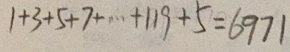
1 + 3 + 5 + 7 + \cdots + 1 1 9 + 5 = 6 9 7 1